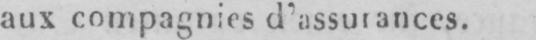
aux compagnies d’assurances.